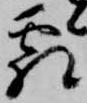
霜